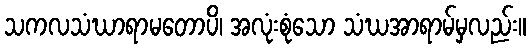
သကလသံဃာရာမတောပိ၊ အလုံးစုံသော သံဃအာရာမ်မှလည်း။